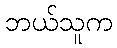
ဘယ်သူက